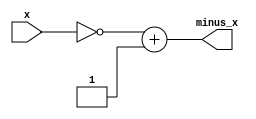
module neg(
    input [31:0]x,

    output [31:0]minus_x
);

assign minus_x = ~x + 32'b1;

endmodule